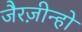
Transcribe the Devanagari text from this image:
जैरज़ीन्हो